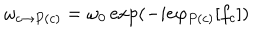
\omega _ { c \rightarrow P ( c ) } = \omega _ { 0 } \exp ( - i e \varphi _ { P ( c ) } [ f _ { c } ] )